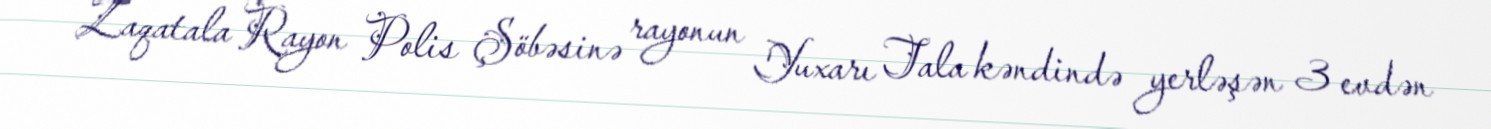
Zaqatala Rayon Polis Şöbəsinə rayonun Yuxarı Tala kəndində yerləşən 3 evdən